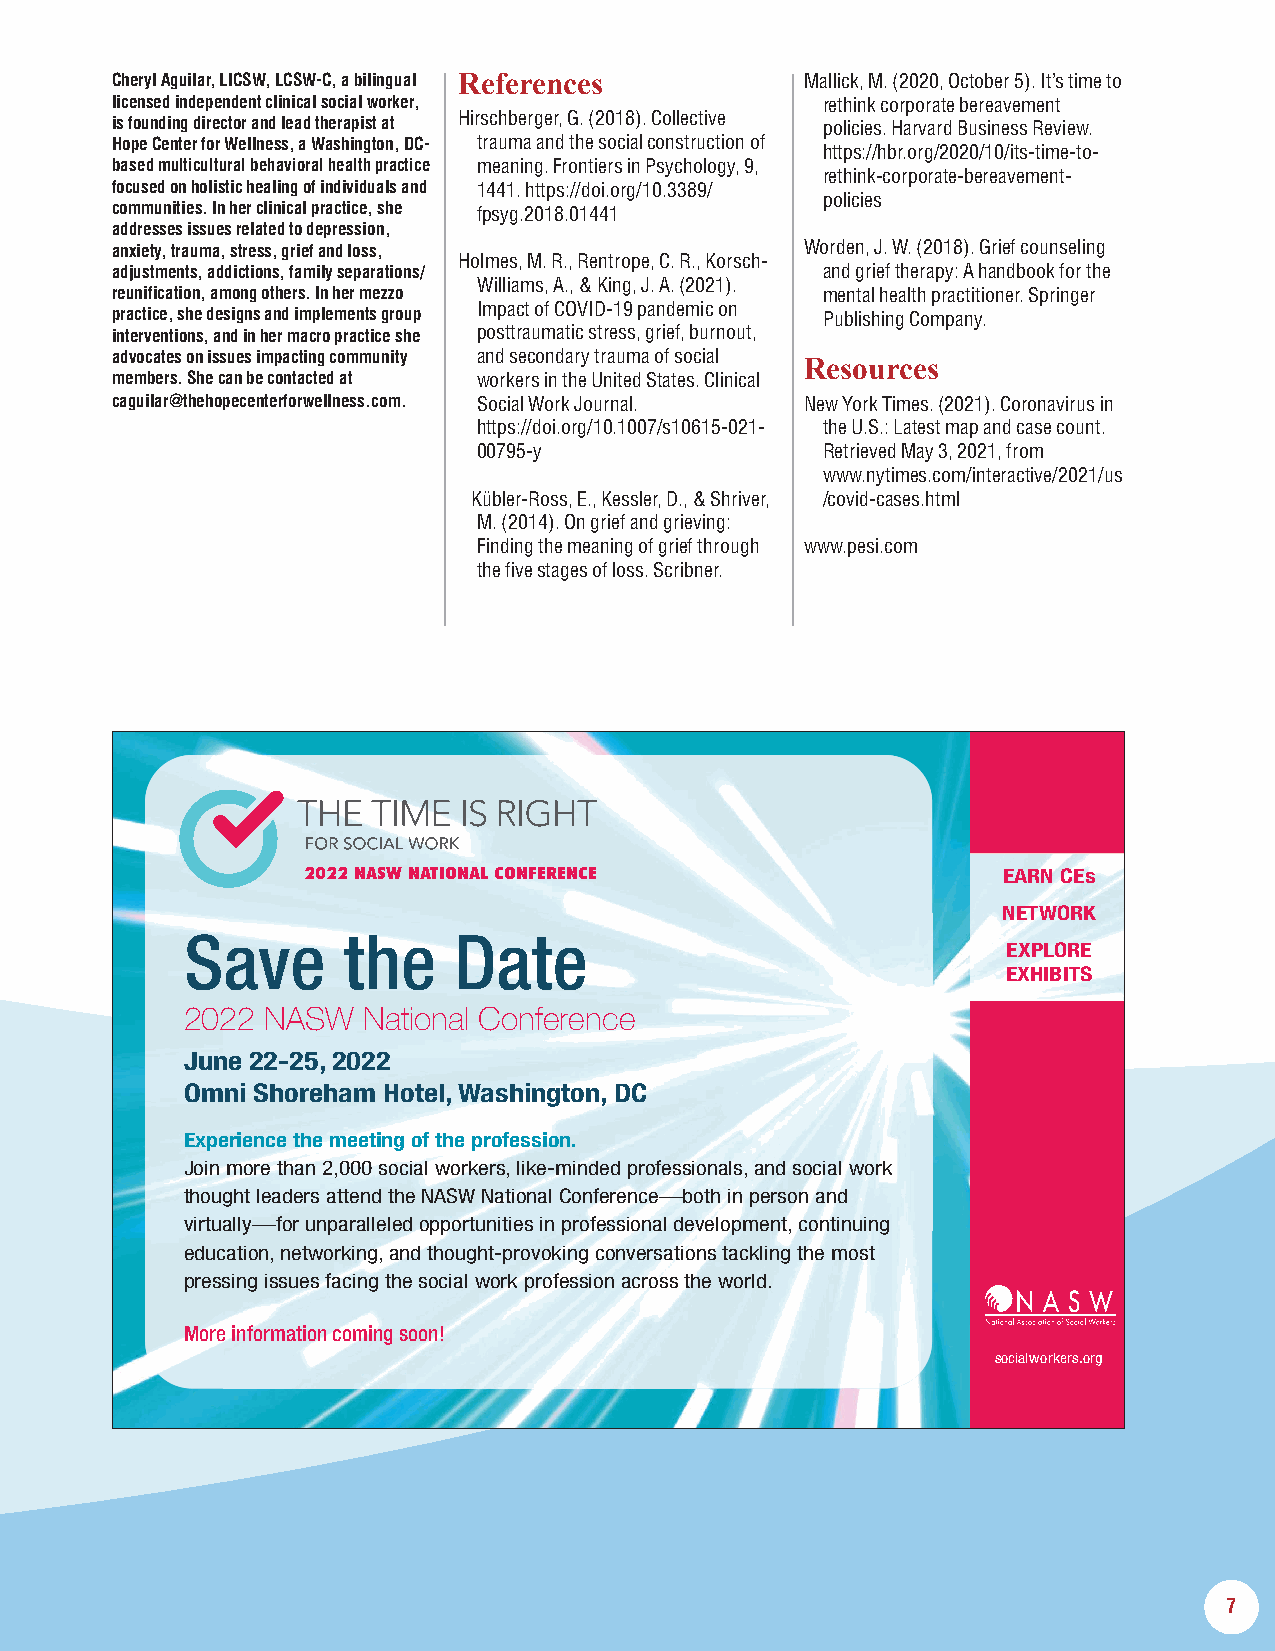
Cheryl Aguilar, LICSW, LCSW-C, a bilingual References Mallick, M. (2020, October 5). It’s time to
 licensed independent clinical social worker,   rethink corporate bereavement
 is founding director and lead therapist at Hirschberger, G. (2018). Collective policies. Harvard Business Review.
 Hope Center for Wellness, a Washington, DC- trauma and the social construction of
 https://hbr.org/2020/10/its-time-to-
 based multicultural behavioral health practice meaning. Frontiers in Psychology, 9,
 rethink-corporate-bereavement-
 focused on holistic healing of individuals and 1441. https://doi.org/10.3389/
 policies
 communities. In her clinical practice, she fpsyg.2018.01441
 addresses issues related to depression,
 anxiety, trauma, stress, grief and loss,      Worden, J. W. (2018). Grief counseling
 Holmes, M. R., Rentrope, C. R., Korsch-
 adjustments, addictions, family separations/   and grief therapy: A handbook for the
 Williams, A., & King, J. A. (2021).
 reunification, among others. In her mezzo      mental health practitioner. Springer
 Impact of COVID-19 pandemic on
 practice, she designs and implements group     Publishing Company.
 interventions, and in her macro practice she posttraumatic stress, grief, burnout,
 advocates on issues impacting community and secondary trauma of social Resources
 members. She can be contacted at workers in the United States. Clinical
 caguilar@thehopecenterforwellness.com. Social Work Journal. New York Times. (2021). Coronavirus in
 https://doi.org/10.1007/s10615-021- the U.S.: Latest map and case count.
 00795-y               Retrieved May 3, 2021, from
 www.nytimes.com/interactive/2021/us
 Kübler-Ross, E., Kessler, D., & Shriver, /covid-cases.html
 M. (2014). On grief and grieving:
 Finding the meaning of grief through www.pesi.com
 the five stages of loss. Scribner.
 2022 NASW NATIONAL CONFERENCE                 EARN CEs
 NETWORK
 Save       the    Date
 EXPLORE
 EXHIBITS
 2022  NASW  National Conference
 June 22-25, 2022
 Omni Shoreham Hotel, Washington, DC
 Experience the meeting of the profession.
 Join more than 2,000 social workers, like-minded professionals, and social work
 thought leaders attend the NASW National Conference—both in person and
 virtually—for unparalleled opportunities in professional development, continuing
 education, networking, and thought-provoking conversations tackling the most
 pressing issues facing the social work profession across the world.
 More information coming soon!
 socialworkers.org
 7